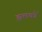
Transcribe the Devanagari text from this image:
झलकों